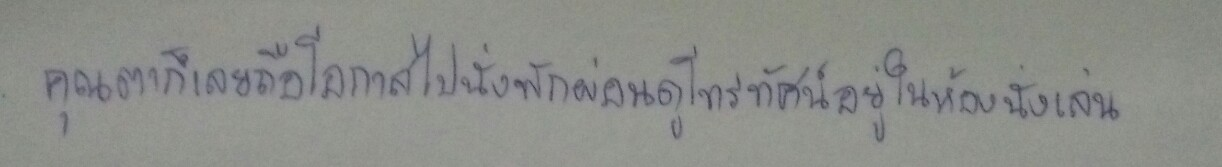
คุณตาก็เลยถือโอกาสไปนั่งพักผ่อนดูโทรทัศน์อยู่ในห้องนั่งเล่น